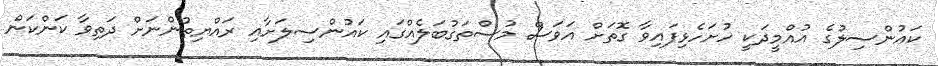
ކައުންސިލުގެ އުއްމީދަކީ ހުށަހެޅިފައިވާ ގޮތަށް އަވަސް މުސްތަގުބަލެއްގައި ކައުންސިލަށާއި ރައްޔިތުންނަށް ދަތިވާ ކަންކަން